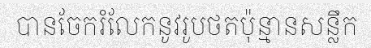
បានចែករំលែកនូវរូបថតប៉ុន្មានសន្លឹក